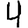
Digit: 4